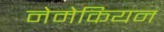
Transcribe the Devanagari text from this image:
नेमेकियन